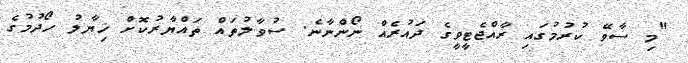
"މި ސާވޭ ކުރުމުގައި ރާއްޖެޓީވީގެ ދައުރެއް ނޯންނާނެ. ސުވާލުތައް ތައްޔާރުކޮށް ޚިޔާލު ހޯދުމުގެ